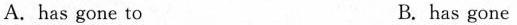
A. has gone to B. has gone